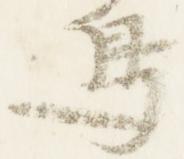
鳥